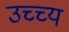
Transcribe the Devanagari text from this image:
उच्च्य